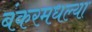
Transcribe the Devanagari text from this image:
बंकरमधल्या